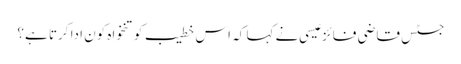
جسٹس قاضی فائز عیسی نے کہا کہ اس خطیب کو تنخواہ کون ادا کرتا ہے؟